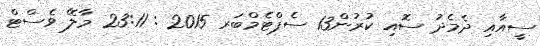
ސީއާއި ދެމެދު ސޮއި ކުރުން13 ސެޕްޓެމްބަރ 2015 : 23:11 މާލޭ ވެސްޓް